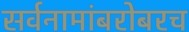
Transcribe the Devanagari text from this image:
सर्वनामांबरोबरच